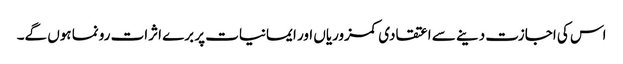
اس کی اجازت دینے سے اعتقادی کمزوریاں اور ایمانیات پر برے اثرات رونما ہوں گے۔